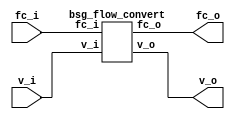


module top
(
  v_i,
  fc_o,
  v_o,
  fc_i
);

  input [15:0] v_i;
  output [15:0] fc_o;
  output [15:0] v_o;
  input [15:0] fc_i;

  bsg_flow_convert
  wrapper
  (
    .v_i(v_i),
    .fc_o(fc_o),
    .v_o(v_o),
    .fc_i(fc_i)
  );


endmodule



module bsg_flow_convert
(
  v_i,
  fc_o,
  v_o,
  fc_i
);

  input [15:0] v_i;
  output [15:0] fc_o;
  output [15:0] v_o;
  input [15:0] fc_i;
  wire [15:0] fc_o,v_o;
  assign fc_o[15] = fc_i[15];
  assign fc_o[14] = fc_i[14];
  assign fc_o[13] = fc_i[13];
  assign fc_o[12] = fc_i[12];
  assign fc_o[11] = fc_i[11];
  assign fc_o[10] = fc_i[10];
  assign fc_o[9] = fc_i[9];
  assign fc_o[8] = fc_i[8];
  assign fc_o[7] = fc_i[7];
  assign fc_o[6] = fc_i[6];
  assign fc_o[5] = fc_i[5];
  assign fc_o[4] = fc_i[4];
  assign fc_o[3] = fc_i[3];
  assign fc_o[2] = fc_i[2];
  assign fc_o[1] = fc_i[1];
  assign fc_o[0] = fc_i[0];
  assign v_o[15] = v_i[15];
  assign v_o[14] = v_i[14];
  assign v_o[13] = v_i[13];
  assign v_o[12] = v_i[12];
  assign v_o[11] = v_i[11];
  assign v_o[10] = v_i[10];
  assign v_o[9] = v_i[9];
  assign v_o[8] = v_i[8];
  assign v_o[7] = v_i[7];
  assign v_o[6] = v_i[6];
  assign v_o[5] = v_i[5];
  assign v_o[4] = v_i[4];
  assign v_o[3] = v_i[3];
  assign v_o[2] = v_i[2];
  assign v_o[1] = v_i[1];
  assign v_o[0] = v_i[0];

endmodule